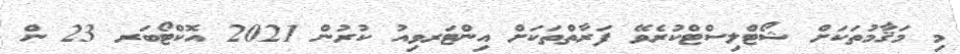
މި މަޤާމުތަކަށް ޝޯޓްލިސްޓްކުރެވޭ ފަރާތްތަކަށް އިންޓަރވިއު ކުރުން 2021 އޮކްޓޯބަރ 23 ން